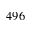
4 9 6